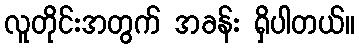
လူတိုင်းအတွက် အခန်း ရှိပါတယ်။